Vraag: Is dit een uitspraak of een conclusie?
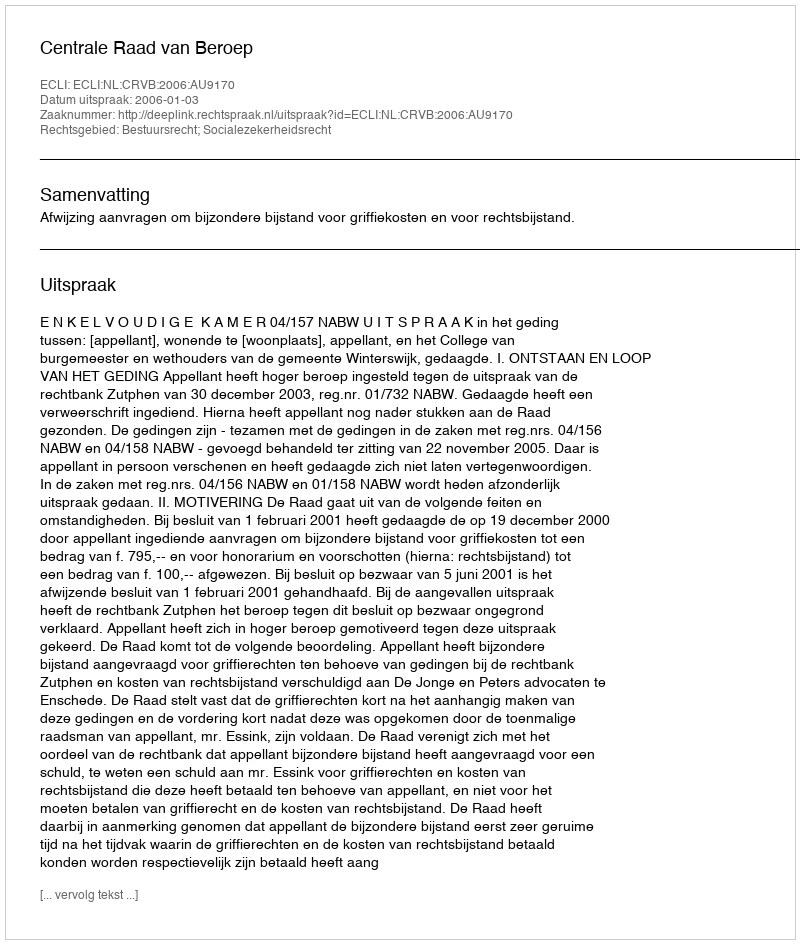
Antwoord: Uitspraak